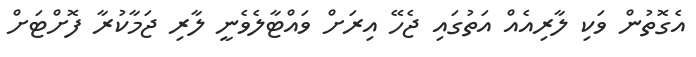
އެގޮތުން ވަކި ލާރިއެއް އަތުގައި ޖެހޭ އިރަށް ވައްޓާލެވެނީ ލާރި ޖަމާކުރާ ފޮށްޓަށް